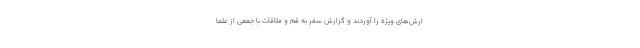
ارش‌هاى ویژه را آوردند و گزارش سفر به قم و ملاقات با جمعى از علما